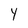
Character: Y